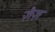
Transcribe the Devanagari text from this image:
ज़ैज़